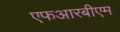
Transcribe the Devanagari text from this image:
एफआरबीएम